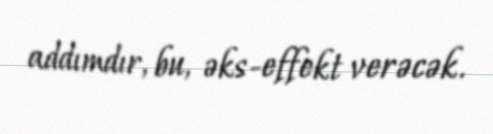
addımdır, bu, əks-effekt verəcək.